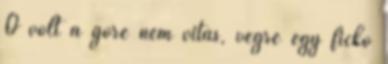
Ő volt a góré nem vitás, végre egy fickó